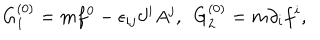
G _ { 1 } ^ { ( 0 ) } = m f ^ { 0 } - \epsilon _ { i j } \partial ^ { i } A ^ { j } , ~ ~ G _ { 2 } ^ { ( 0 ) } = m \partial _ { i } f ^ { i } ,